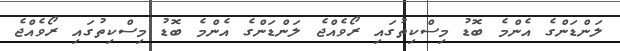
ލަންޑަންގެ އެންމެ ބޮޑު މިސްކިތުގައި ރޯވެއްޖެ ލަންޑަންގެ އެންމެ ބޮޑު މިސްކިތުގައި ރޯވެއްޖެ